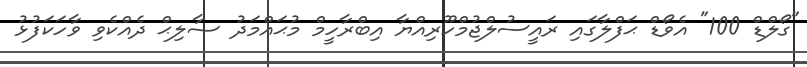
"ގޯލްޑް 100" އެވޯޑް ޙަފްލާގައި ރައީސުލްޖުމްހޫރިއްޔާ އިބްރާހީމް މުޙައްމަދު ޞާލިޙް ދެއްކެވި ވާހަކަފުޅު